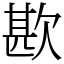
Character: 歁